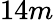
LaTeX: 14m